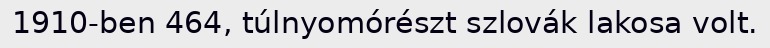
1910-ben 464, túlnyomórészt szlovák lakosa volt.